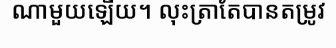
ណាមួយឡើយ។ លុះត្រាតែបានតម្រូវ